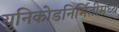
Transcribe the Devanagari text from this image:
युनिकोडनिर्मितीमध्ये